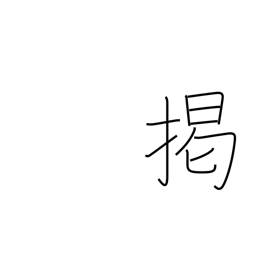
Meaning: hang out